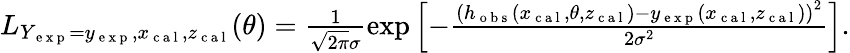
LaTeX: \begin{array}{r}{L_{Y_{\mathrm{~e~x~p~}}=y_{\mathrm{~e~x~p~}},x_{\mathrm{~c~a~l~}},z_{\mathrm{~c~a~l~}}}(\theta)=\frac{1}{\sqrt{2\pi}\sigma}\exp\left[-\frac{\left(h_{\mathrm{~o~b~s~}}(x_{\mathrm{~c~a~l~}},\theta,z_{\mathrm{~c~a~l~}})-y_{\mathrm{~e~x~p~}}(x_{\mathrm{~c~a~l~}},z_{\mathrm{~c~a~l~}})\right)^{2}}{2\sigma^{2}}\right].}\end{array}